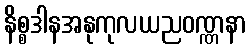
နိစ္စဒါနအနုကုလယညဝဏ္ဏနာ